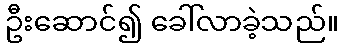
ဦးဆောင်၍ ခေါ်လာခဲ့သည်။